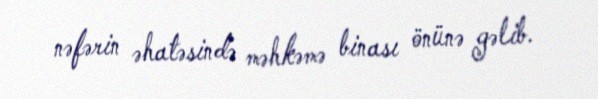
nəfərin əhatəsində məhkəmə binası önünə gəlib.